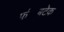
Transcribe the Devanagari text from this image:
फ॔बटेक